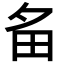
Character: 𤰧